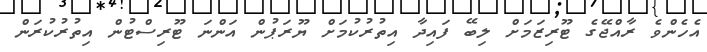
އެހެންވެ ރާއްޖޭގެ ޓޫރިޒަމަށް ލިބޭ ފައިދާ އިތުރުކުމަށް ޔޫރަޕުން އަންނަ ޓޫރިސްޓުން އިތުރުކުރަން